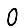
Digit: 0